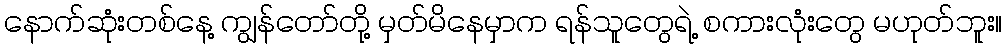
နောက်ဆုံးတစ်နေ့ ကျွန်တော်တို့ မှတ်မိနေမှာက ရန်သူတွေရဲ့ စကားလုံးတွေ မဟုတ်ဘူး။